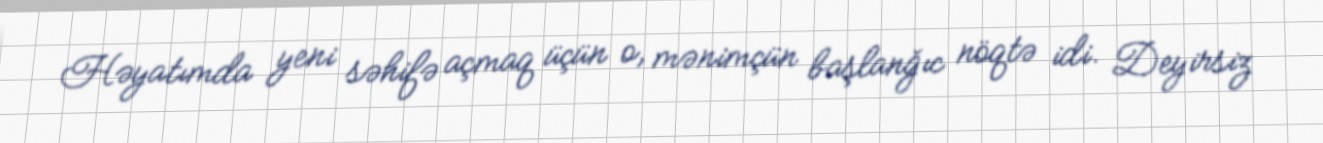
Həyatımda yeni səhifə açmaq üçün o, mənimçün başlanğıc nöqtə idi. Deyirsiz